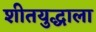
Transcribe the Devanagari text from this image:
शीतयुद्धाला